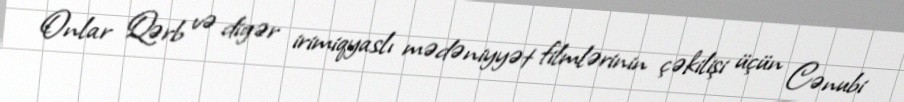
Onlar Qərb və digər irimiqyaslı mədəniyyət filmlərinin çəkilişi üçün Cənubi